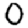
Digit: 0